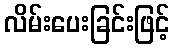
လိမ်းပေးခြင်းဖြင့်